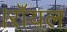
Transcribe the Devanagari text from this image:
।रॉयल